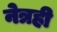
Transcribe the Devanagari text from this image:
नेत्रही